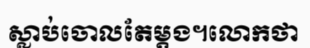
ស្លាប់ចោលតែម្តង។លោកថា